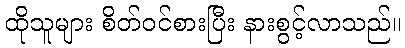
ထိုသူများ စိတ်ဝင်စားပြီး နားစွင့်လာသည်။